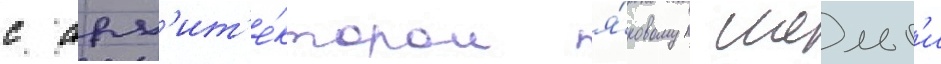
с арх'ит'е́ктором я́ковом шельг'и